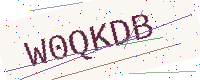
Text: W0QKDB